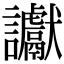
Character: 讞